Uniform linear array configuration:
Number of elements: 16
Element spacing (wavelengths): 1
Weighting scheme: kaiser
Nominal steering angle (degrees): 15
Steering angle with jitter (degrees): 15.223
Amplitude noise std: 0.05
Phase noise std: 0.05

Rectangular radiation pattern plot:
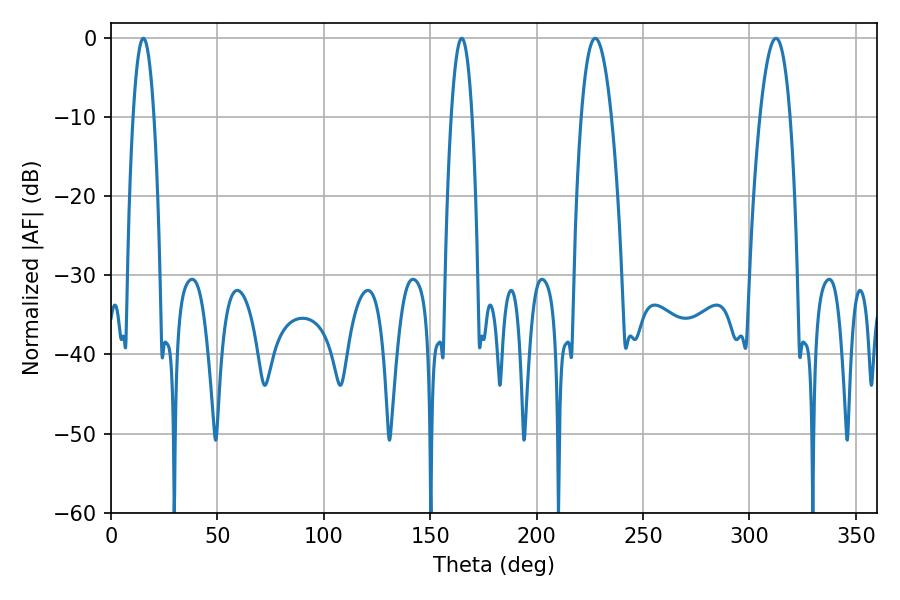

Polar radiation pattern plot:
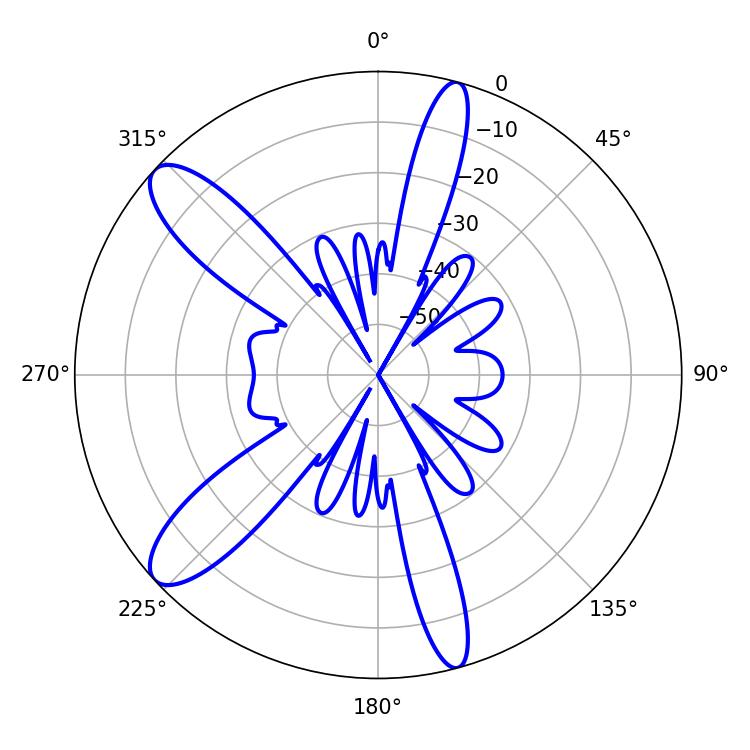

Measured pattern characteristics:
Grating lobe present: TRUE
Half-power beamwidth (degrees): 7.92
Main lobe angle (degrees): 227.52